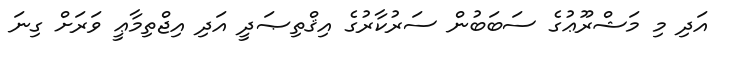
އަދި މި މަޝްރޫޢުގެ ސަބަބުން ސަރުކާރުގެ އިޤްތިޞަދީ އަދި އިޖްތިމާޢީ ވަރަށް ގިނަ